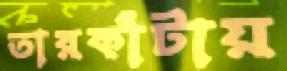
তারকাঁটায়